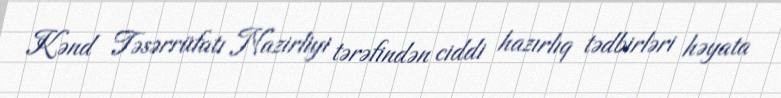
Kənd Təsərrüfatı Nazirliyi tərəfindən ciddi hazırlıq tədbirləri həyata